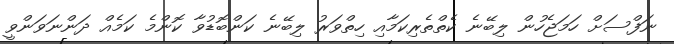
ނަފްސަށް ހަމަޖެހުން ލިބޭނެ ކެތްތެރިކަމާއި ހިތްވަރު ލިބޭނެ ކަންބޮޑުވާ ކޮންމެ ކަމެއް ދަންނަވަންވީ